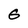
Character: G